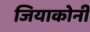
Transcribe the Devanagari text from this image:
जियाकोनी